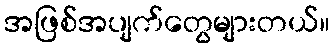
အဖြစ်အပျက်တွေများတယ်။